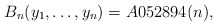
\begin{gather*} B_n(y_1,\ldots,y_n)= A052894(n), \end{gather*}